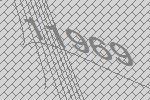
11969